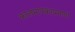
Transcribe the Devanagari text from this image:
कालमापकाप्रमाणे